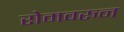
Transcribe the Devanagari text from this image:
रोमवरुन